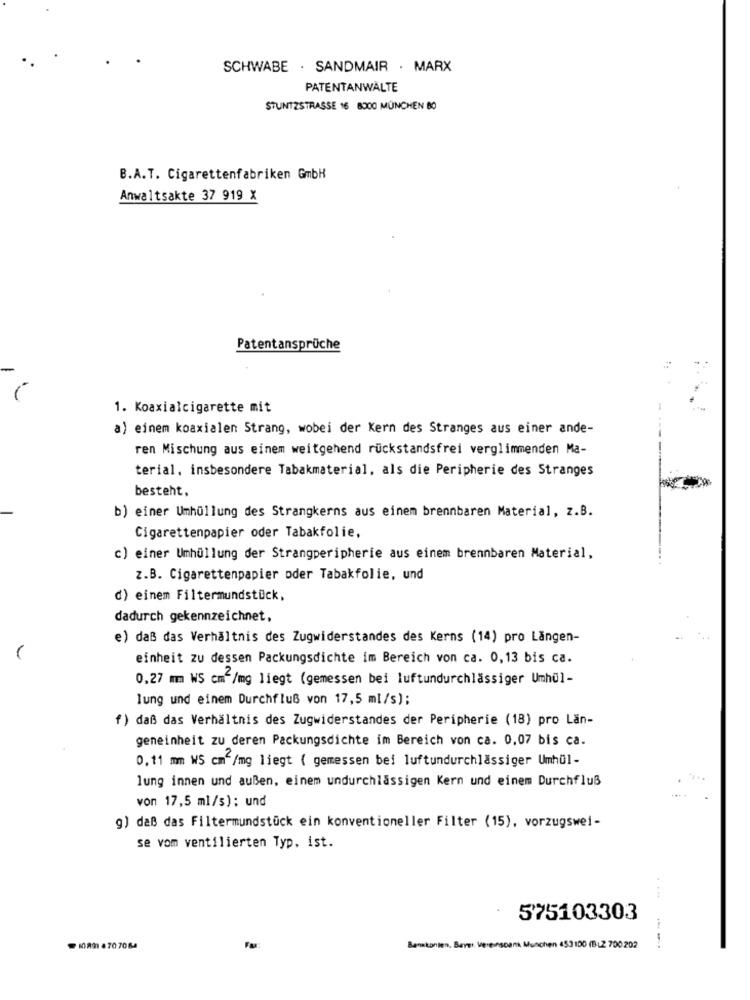
SCHWABE . SANDMAIR . MARX
PATENTANWÄLTE
STUNTZSTRASSE 16 8300 MÜNCHEN BO
B.A.T. Cigarettenfabriken GmbH
Anwaltsakte 37 919 X
Patentansprüche
1. Koaxialcigarette mit
a) einem koaxialen Strang, wobei der Kern des Stranges aus einer ande-
ren Mischung aus einem weitgehend rückstandsfrei verglimmenden Ma-
terial, insbesondere Tabakmaterial, als die Peripherie des Stranges
besteht.
b) einer Umhüllung des Strangkerns aus einem brennbaren Material, z.B.
Cigarettenpapier oder Tabakfolie,
c) einer Umhüllung der Strangperipherie aus einem brennbaren Material,
z.B. Cigarettenpapier oder Tabakfolie, und
d) einem Filtermundstück,
dadurch gekennzeichnet,
e) daß das Verhältnis des Zugwiderstandes des Kerns (14) pro Längen-
einheit zu dessen Packungsdichte im Bereich von ca. 0,13 bis ca.
0,27 mm WS cm2/mg liegt (gemessen bei luftundurchlässiger Umhül-
lung und einem Durchfluß von 17,5 ml/s);
f) daß das Verhältnis des Zugwiderstandes der Peripherie (18) pro Län-
geneinheit zu deren Packungsdichte im Bereich von ca. 0,07 bis ca.
0. 11 mm WS cm"/mg liegt ( gemessen bei luftundurchlässiger Umhül-
lung innen und außen, einem undurchlässigen Kern und einem Durchfluß
von 17,5 ml/s); und
g) daß das Filtermundstück ein konventioneller Filter (15), vorzugswei-
se vom ventilierten Typ, ist.
....
575103303
--
108.707064
Banskonien, Bayer. Vereinsbank Munchen 453100 (BLZ 700 202